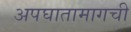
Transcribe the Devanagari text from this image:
अपघातामागची